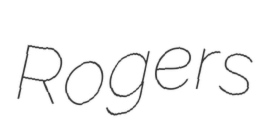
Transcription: Rogers